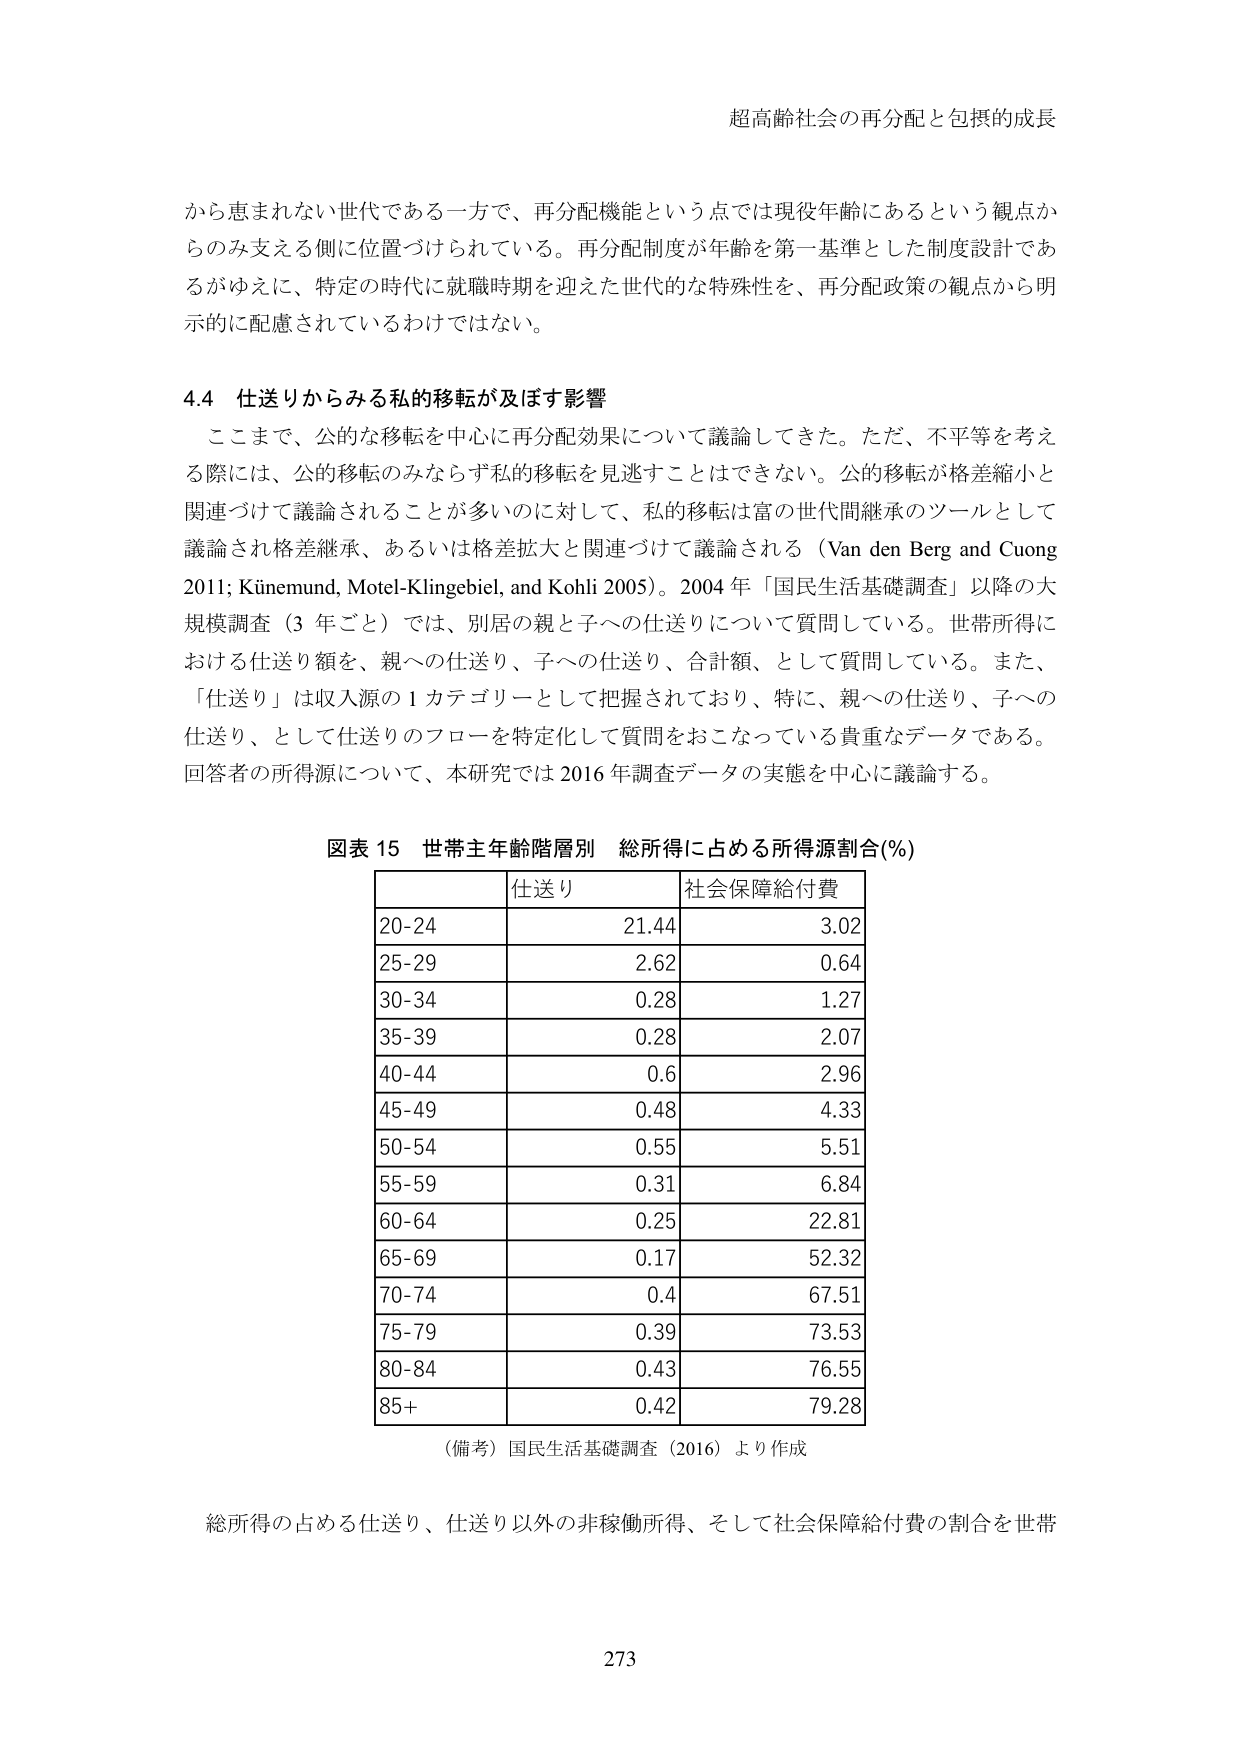
超高齢社会の再分配と包摂的成長

から恵まれない世代である一方で、再分配機能という点では現役年齢にあるという観点からのみ支える側に位置づけられている。再分配制度が年齢を第一基準とした制度設計であるがゆえに、特定の時代に就職時期を迎えた世代的な特殊性を、再分配政策の観点から明示的に配慮されているわけではない。

4.4 仕送りからみる私的移転が及ぼす影響

ここまで、公的な移転を中心に再分配効果について議論してきた。ただ、不平等を考える際には、公的移転のみならず私的移転を見逃すことはできない。公的移転が格差縮小と関連づけて議論されることが多いのに対して、私的移転は富の世代間継承のツールとして議論され格差継承、あるいは格差拡大と関連づけて議論される（Van den Berg and Cuong 2011; Künemund, Motel-Klingebiel, and Kohli 2005）。2004 年「国民生活基礎調査」以降の大規模調査（3 年ごと）では、別居の親と子への仕送りについて質問している。世帯所得における仕送り額を、親への仕送り、子への仕送り、合計額、として質問している。また、「仕送り」は収入源の 1 カテゴリーとして把握されており、特に、親への仕送り、子への仕送り、として仕送りのフローを特定化して質問をおこなっている貴重なデータである。回答者の所得源について、本研究では 2016 年調査データの実態を中心に議論する。

図表 15 世帯主年齢階層別 総所得に占める所得源割合(%)

| | 仕送り | 社会保障給付費 |
|---|---|---|
| 20-24 | 21.44 | 3.02 |
| 25-29 | 2.62 | 0.64 |
| 30-34 | 0.28 | 1.27 |
| 35-39 | 0.28 | 2.07 |
| 40-44 | 0.6 | 2.96 |
| 45-49 | 0.48 | 4.33 |
| 50-54 | 0.55 | 5.51 |
| 55-59 | 0.31 | 6.84 |
| 60-64 | 0.25 | 22.81 |
| 65-69 | 0.17 | 52.32 |
| 70-74 | 0.4 | 67.51 |
| 75-79 | 0.39 | 73.53 |
| 80-84 | 0.43 | 76.55 |
| 85+ | 0.42 | 79.28 |

（備考）国民生活基礎調査（2016）より作成

総所得の占める仕送り、仕送り以外の非稼働所得、そして社会保障給付費の割合を世帯

273